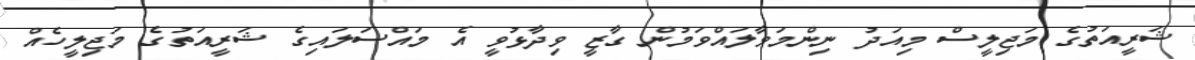
ޝަރީއަތުގެ މަޖިލީސް މިއަދު ނިންމަވާލައްވަމުން ގާޒީ ވިދާޅުވީ އެ މައްސަލައިގެ ޝަރީއަތުގެ މަޖިލީހެއް